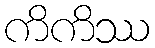
ကိကိဿ